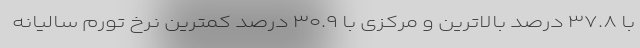
با ۳۷.۸ درصد بالاترین و مرکزی با ۳۰.۹ درصد کمترین نرخ تورم سالیانه